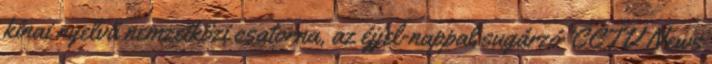
kínai nyelvű nemzetközi csatorna, az éjjel-nappal sugárzó ’CCTV News